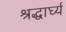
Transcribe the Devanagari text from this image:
श्रद्धार्घ्य